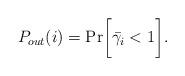
LaTeX: \begin{align*}P_{out}(i) = \textrm{Pr}\bigg[\bar{\gamma_i} < 1\bigg].\end{align*}